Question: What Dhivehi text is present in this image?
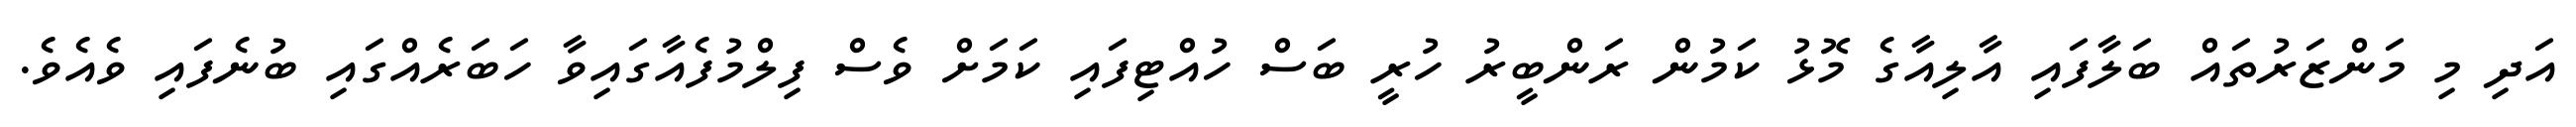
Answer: އަދި މި މަންޒަރުތައް ބަލާފައި އާލިއާގެ މޮޅު ކަމުން ރަންބީރު ހުރީ ބަސް ހުއްޓިފައި ކަމަށް ވެސް ފިލްމުފެއާގައިވާ ހަބަރެއްގައި ބުނެފައި ވެއެވެ.